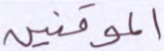
الموقنين